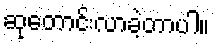
ဆုတောင်းလာခဲ့တာပါ။